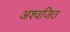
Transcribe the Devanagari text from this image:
अश्वजित